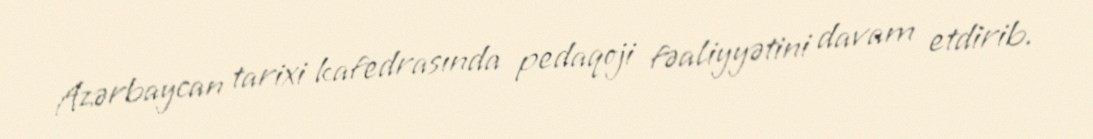
Azərbaycan tarixi kafedrasında pedaqoji fəaliyyətini davam etdirib.